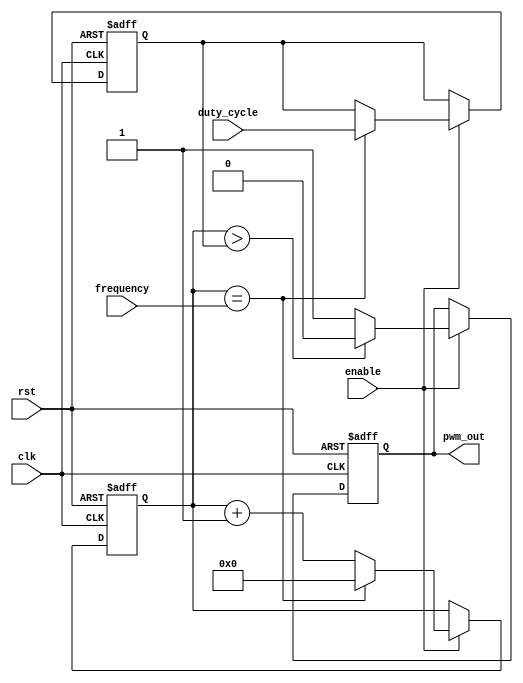
module pwm_pulse_generator (
    input clk,
    input rst,
    input enable,
    input [7:0] duty_cycle,
    input [15:0] frequency,
    output reg pwm_out
);

// Timing control blocks
reg [15:0] counter;
reg [7:0] compare_value;

always @(posedge clk or posedge rst) begin
    if (rst) begin
        counter <= 16'b0;
        compare_value <= 8'b0;
        pwm_out <= 1'b0;
    end else if (enable) begin
        counter <= counter + 1;
        if (counter == frequency) begin
            counter <= 16'b0;
            compare_value <= duty_cycle;
        end
        if (counter > compare_value) begin
            pwm_out <= 1'b0;
        end else begin
            pwm_out <= 1'b1;
        end
    end
end

endmodule